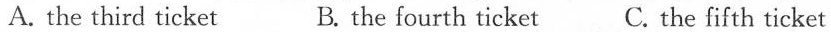
A.the third ticket B. the fourth ticket C. the fifth ticket